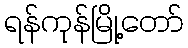
ရန်ကုန်မြို့တော်